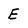
Character: E